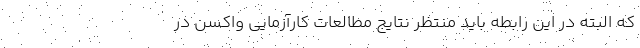
که البته در این رابطه باید منتظر نتایج مطالعات کارآزمایی واکسن در